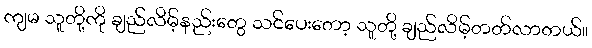
ကျမ သူတို့ကို ချည်လိမ့်နည်းတွေ သင်ပေးတော့ သူတို့ ချည်လိမ့်တတ်လာတယ်။